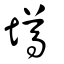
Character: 墫